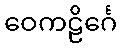
ဝေကဠိင်္ဂေ